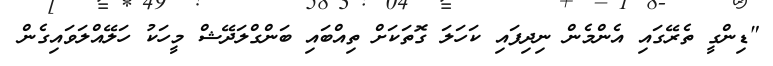
"ޑިންގީ ތެރޭގައި އެންމެން ނިދިފައި ކަހަލަ ގޮތަކަށް ތިއްބައި ބަންގްލަދޭޝް މީހަކު ހަލޭއްލަވައިގެން